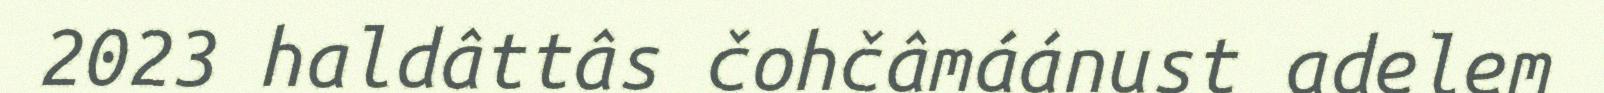
2023 haldâttâs čohčâmáánust adelem